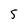
Character: 5